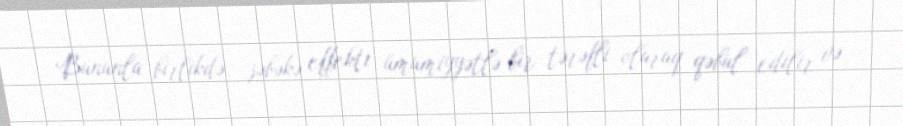
Bununla birlikdə, şəbəkə effekti ümumiyyətlə bir tərəfli olaraq qəbul edilir və